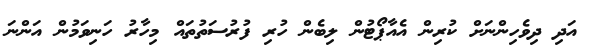
އަދި ދިވެހިންނަށް ކުރިން އެއާޕޯޓުން ލިބެން ހުރި ފުރުސަތުތައް މިހާރު ހަނިވަމުން އަންނަ